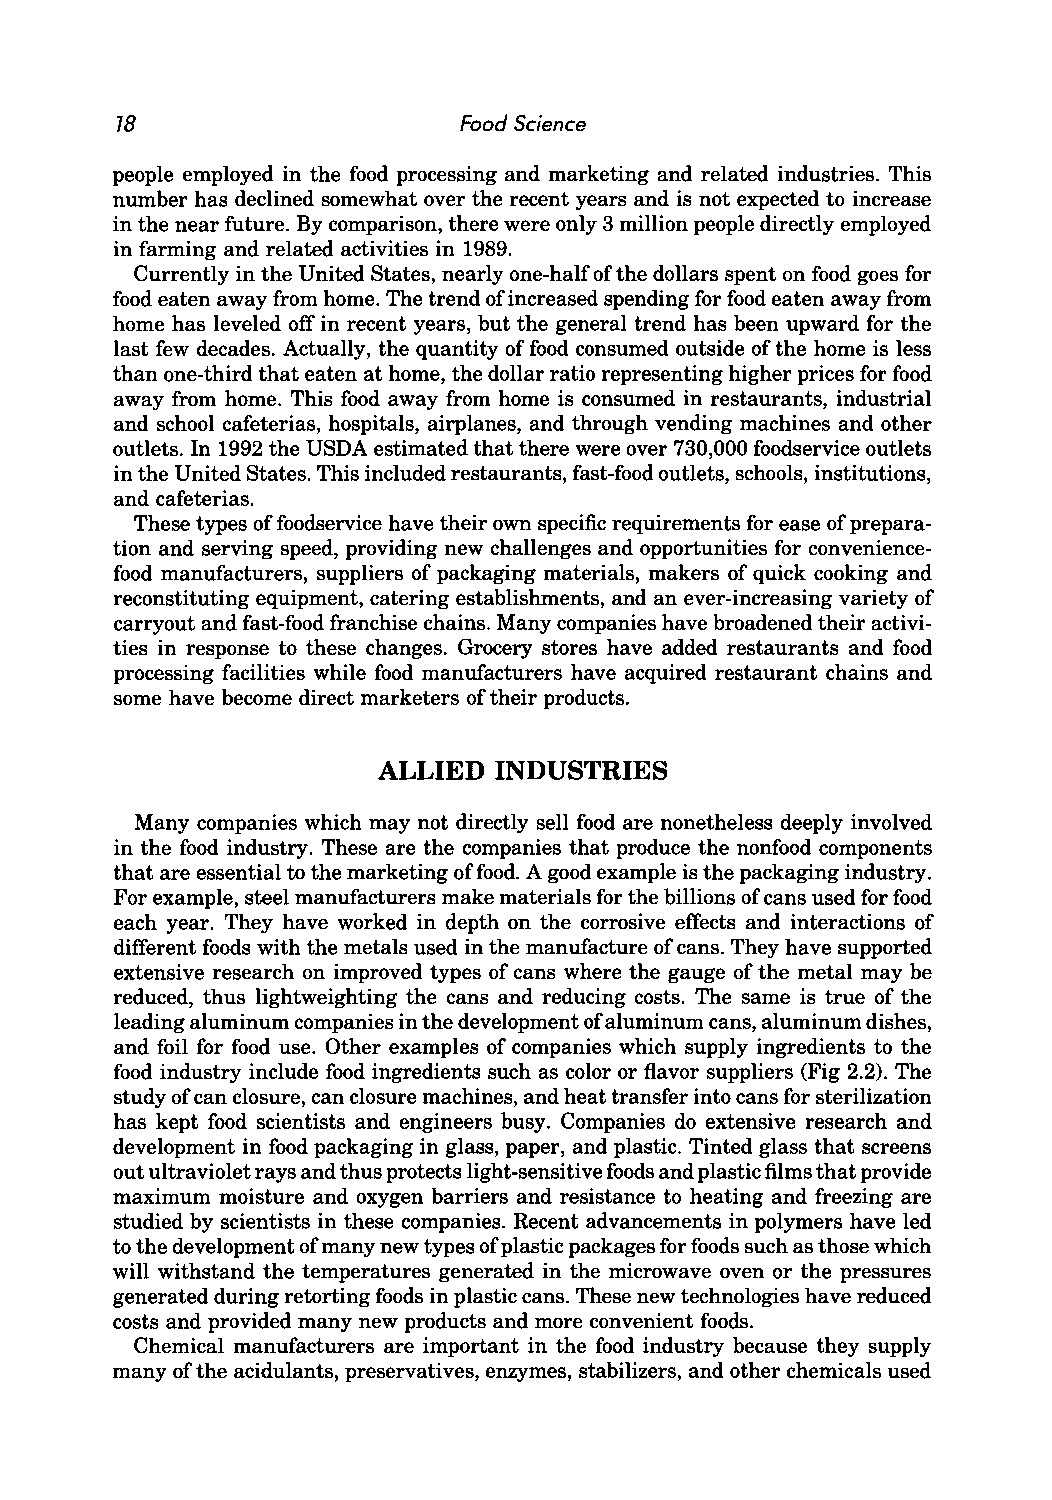
78                    Food Science
 people employed in the food processing and marketing and related industries. This
 number has declined somewhat over the recent years and is not expected to increase
 in the near future. By comparison, there were only 3 million people directly employed
 in farming and related activities in 1989.
 Currently in the United States, nearly one-half of the dollars spent on food goes for
 food eaten away from home. The trend of increased spending for food eaten away from
 home has leveled off in recent years, but the general trend has been upward for the
 last few decades. Actually, the quantity of food consumed outside of the home is less
 than one-third that eaten at home, the dollar ratio representing higher prices for food
 away from home. This food away from home is consumed in restaurants, industrial
 and school cafeterias, hospitals, airplanes, and through vending machines and other
 outlets. In 1992 the USDA estimated that there were over 730,000 foodservice outlets
 in the United States. This included restaurants, fast-food outlets, schools, institutions,
 and cafeterias.
 These types of foodservice have their own specific requirements for ease of prepara
 tion and serving speed, providing new challenges and opportunities for convenience
 food manufacturers, suppliers of packaging materials, makers of quick cooking and
 reconstituting equipment, catering establishments, and an ever-increasing variety of
 carryout and fast-food franchise chains. Many companies have broadened their activi
 ties in response to these changes. Grocery stores have added restaurants and food
 processing facilities while food manufacturers have acquired restaurant chains and
 some have become direct marketers of their products.
 ALLIED  INDUSTRIES
 Many companies which may not directly sell food are nonetheless deeply involved
 in the food industry. These are the companies that produce the nonfood components
 that are essential to the marketing offood. A good example is the packaging industry.
 For example, steel manufacturers make materials for the billions of cans used for food
 each year. They have worked in depth on the corrosive effects and interactions of
 different foods with the metals used in the manufacture of cans. They have supported
 extensive research on improved types of cans where the gauge of the metal may be
 reduced, thus lightweighting the cans and reducing costs. The same is true of the
 leading aluminum companies in the development of aluminum cans, aluminum dishes,
 and foil for food use. Other examples of companies which supply ingredients to the
 food industry include food ingredients such as color or flavor suppliers (Fig 2.2). The
 study of can closure, can closure machines, and heat transfer into cans for sterilization
 has kept food scientists and engineers busy. Companies do extensive research and
 development in food packaging in glass, paper, and plastic. Tinted glass that screens
 out ultraviolet rays and thus protects light-sensitive foods and plastic films that provide
 maximum moisture and oxygen barriers and resistance to heating and freezing are
 studied by scientists in these companies. Recent advancements in polymers have led
 to the development of many new types of plastic packages for foods such as those which
 will withstand the temperatures generated in the microwave oven or the pressures
 generated during retorting foods in plastic cans. These new technologies have reduced
 costs and provided many new products and more convenient foods.
 Chemical manufacturers are important in the food industry because they supply
 many of the acidulants, preservatives, enzymes, stabilizers, and other chemicals used